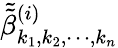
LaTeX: \tilde{\tilde{\beta}}_{k_{1},k_{2},\cdots,k_{n}}^{(i)}